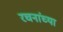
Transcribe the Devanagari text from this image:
रचनांच्या